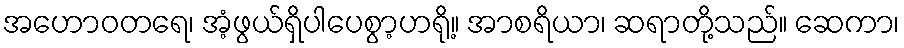
အဟောဝတရေ၊ အံ့ဖွယ်ရှိပါပေစွာ့ဟရို့။ အာစရိယာ၊ ဆရာတို့သည်။ ဆေကာ၊